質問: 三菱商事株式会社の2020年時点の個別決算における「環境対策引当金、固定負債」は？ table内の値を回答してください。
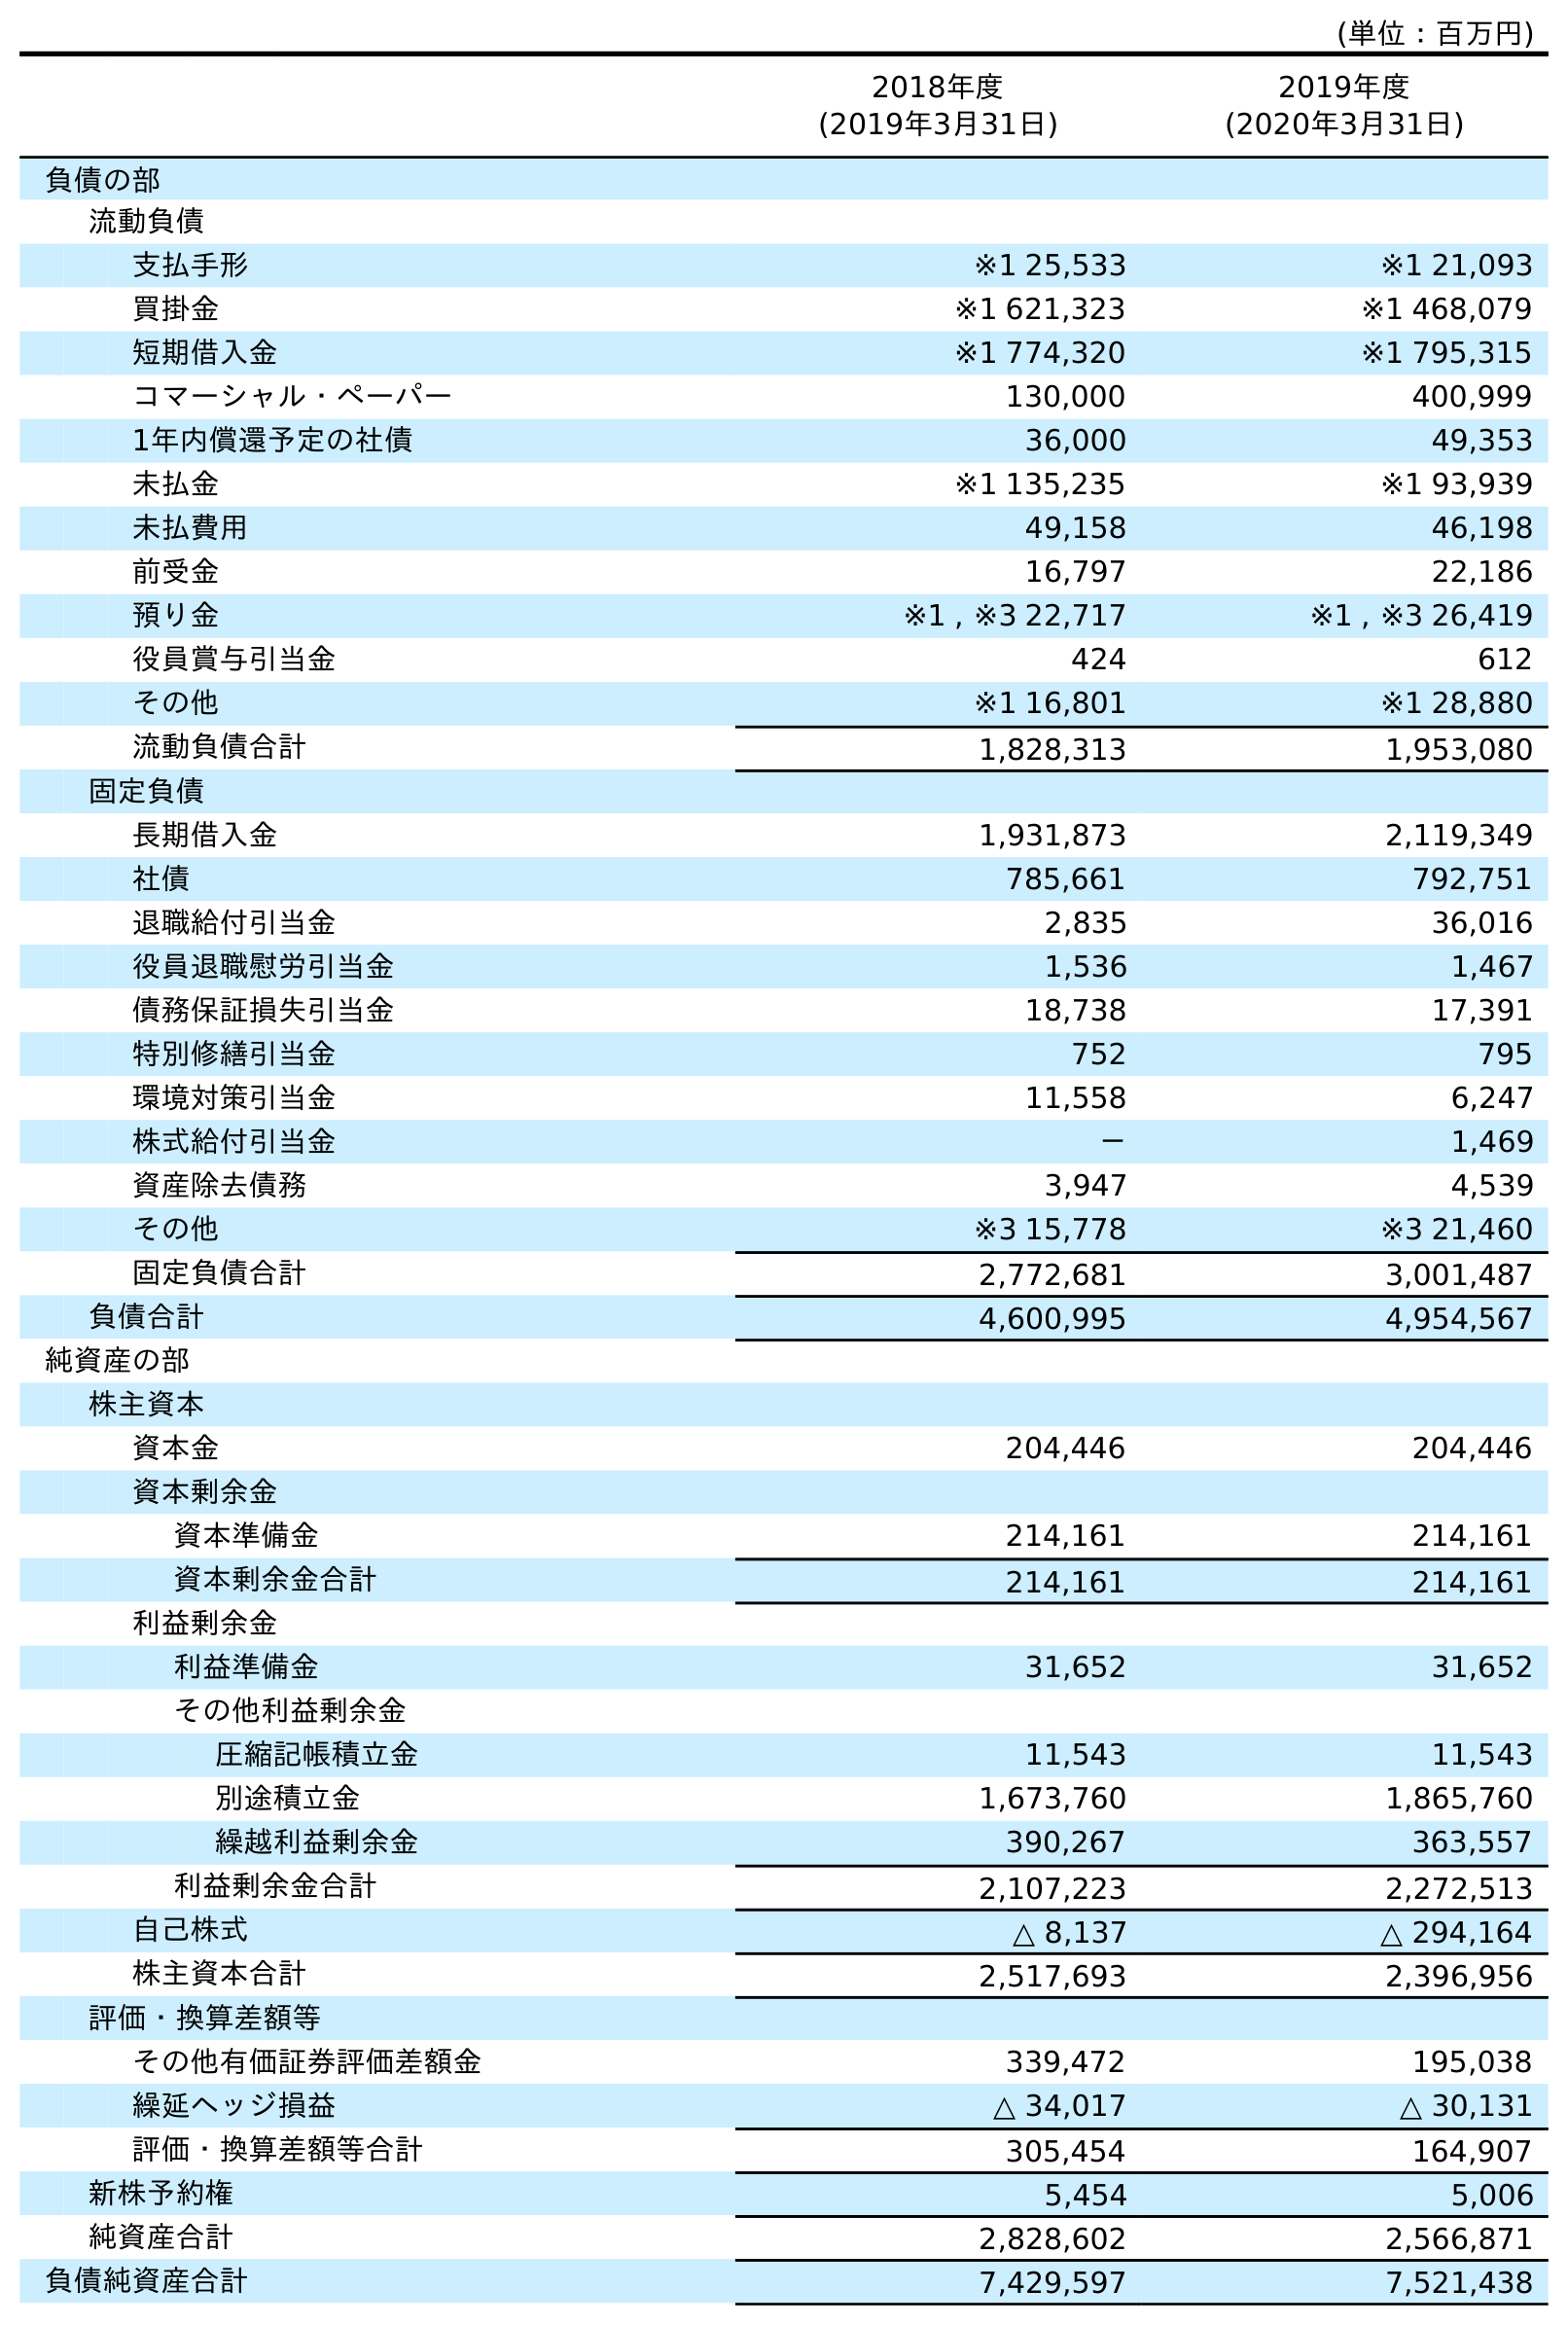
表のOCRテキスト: (単位：百万円) 2018年度 (2019年3月31日) 2019年度 (2020年3月31日) 負債の部 流動負債 支払手形 ※1 25,533 ※1 21,093 買掛金 ※1 621,323 ※1 468,079 短期借入金 ※1 774,320 ※1 795,315 コマーシャル・ペーパー 130,000 400,999 1年内償還予定の社債 36,000 49,353 未払金 ※1 135,235 ※1 93,939 未払費用 49,158 46,198 前受金 16,797 22,186 預り金 ※1 , ※3 22,717 ※1 , ※3 26,419 役員賞与引当金 424 612 その他 ※1 16,801 ※1 28,880 流動負債合計 1,828,313 1,953,080 固定負債 長期借入金 1,931,873 2,119,349 社債 785,661 792,751 退職給付引当金 2,835 36,016 役員退職慰労引当金 1,536 1,467 債務保証損失引当金 18,738 17,391 特別修繕引当金 752 795 環境対策引当金 11,558 6,247 株式給付引当金 － 1,469 資産除去債務 3,947 4,539 その他 ※3 15,778 ※3 21,460 固定負債合計 2,772,681 3,001,487 負債合計 4,600,995 4,954,567 純資産の部 株主資本 資本金 204,446 204,446 資本剰余金 資本準備金 214,161 214,161 資本剰余金合計 214,161 214,161 利益剰余金 利益準備金 31,652 31,652 その他利益剰余金 圧縮記帳積立金 11,543 11,543 別途積立金 1,673,760 1,865,760 繰越利益剰余金 390,267 363,557 利益剰余金合計 2,107,223 2,272,513 自己株式 △ 8,137 △ 294,164 株主資本合計 2,517,693 2,396,956 評価・換算差額等 その他有価証券評価差額金 339,472 195,038 繰延ヘッジ損益 △ 34,017 △ 30,131 評価・換算差額等合計 305,454 164,907 新株予約権 5,454 5,006 純資産合計 2,828,602 2,566,871 負債純資産合計 7,429,597 7,521,438
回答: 6,247